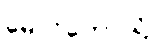
မောင်တောသို့